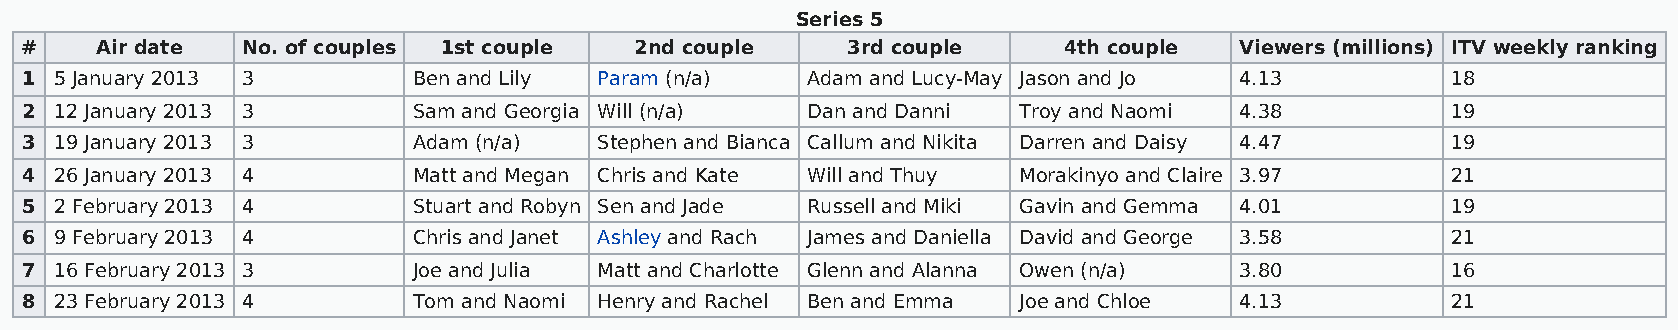
Series 5
 #    Air date  No. of couples 1st couple 2nd couple    3rd couple    4th couple  Viewers (millions) ITV weekly ranking
 1  5 January 2013 3       Ben and Lily Param (n/a)  Adam and Lucy-May Jason and Jo 4.13        18
 2  12 January 2013 3      Sam and Georgia Will (n/a) Dan and Danni Troy and Naomi 4.38         19
 3  19 January 2013 3      Adam (n/a)   Stephen and Bianca Callum and Nikita Darren and Daisy 4.47 19
 4  26 January 2013 4      Matt and Megan Chris and Kate Will and Thuy Morakinyo and Claire 3.97 21
 5  2 February 2013 4      Stuart and Robyn Sen and Jade Russell and Miki Gavin and Gemma 4.01  19
 6  9 February 2013 4      Chris and Janet Ashley and Rach James and Daniella David and George 3.58 21
 7  16 February 2013 3     Joe and Julia Matt and Charlotte Glenn and Alanna Owen (n/a) 3.80    16
 8  23 February 2013 4     Tom and Naomi Henry and Rachel Ben and Emma Joe and Chloe 4.13       21